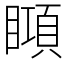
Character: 䁰